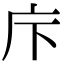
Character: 𢇗